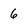
Character: 6